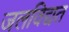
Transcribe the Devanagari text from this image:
जलविद्यत